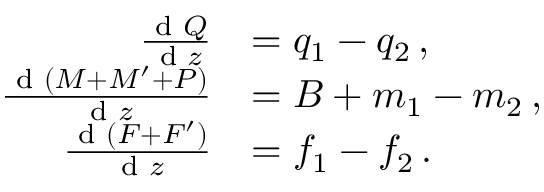
\begin{array} { r l } { \frac { \textnormal { d } Q } { \textnormal { d } z } } & { = q _ { 1 } - q _ { 2 } \, , } \\ { \frac { \textnormal { d } ( M + M ^ { \prime } + P ) } { \textnormal { d } z } } & { = B + m _ { 1 } - m _ { 2 } \, , } \\ { \frac { \textnormal { d } ( F + F ^ { \prime } ) } { \textnormal { d } z } } & { = f _ { 1 } - f _ { 2 } \, . } \end{array}